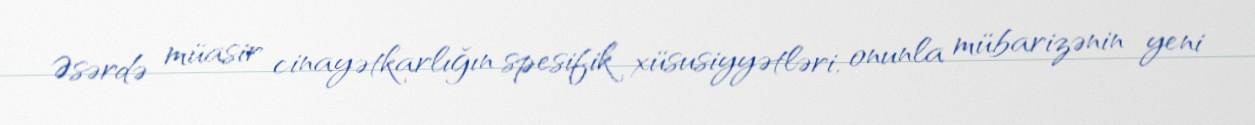
Əsərdə müasir cinayətkarlığın spesifik xüsusiyyətləri, onunla mübarizənin yeni